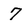
Character: 7